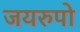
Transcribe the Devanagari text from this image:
जयरुपो